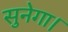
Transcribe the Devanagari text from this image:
सुनेगा।